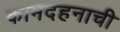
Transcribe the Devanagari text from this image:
कामदहनाची